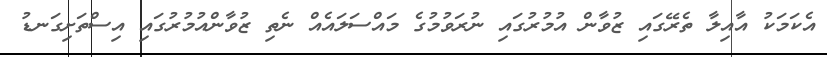
އެކަމަކު އާއިލާ ތެރޭގައި ޒުވާން އުމުރުގައި ނުރަވުމުގެ މައްސަލައެއް ނެތި ޒުވާންއުމުރުގައި އިސްތަށިގަނޑު